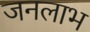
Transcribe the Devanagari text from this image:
जनलाभ